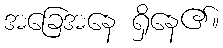
အခြေအနေ ရှိနေ၏။